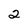
Character: 2